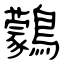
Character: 鸏